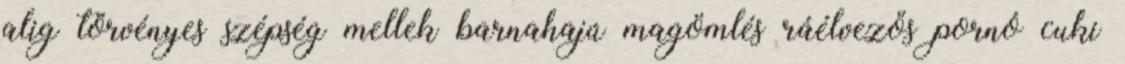
alig törvényes szépség mellek barnahajú magömlés ráélvezős pornó cuki